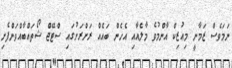
ނަމަވެސް ޒަމާނީ މިއުޒިކް އާންމުވެ މާލެއާއި އެހެން ބައެއް ރަށްރަށުގައި ސްޓޭޖް ޝޯތައްބާއްވަންފެށި